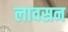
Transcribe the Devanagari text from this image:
लावसन